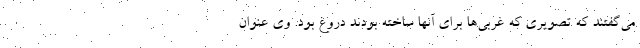
می‌گفتند که تصویری که غربی‌ها برای آنها ساخته بودند دروغ بود. وی عنوان